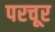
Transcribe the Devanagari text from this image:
परचूर